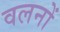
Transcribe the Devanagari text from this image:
वलनों